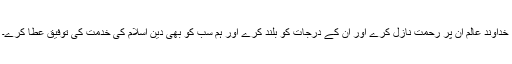
خداوند عالم ان پر رحمت نازل کرے اور ان کے درجات کو بلند کرے اور ہم سب کو بھی دین اسلام کی خدمت کی توفیق عطا کرے۔